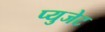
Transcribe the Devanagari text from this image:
प्युजेट